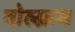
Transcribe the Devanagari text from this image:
वोल्फ़्रम